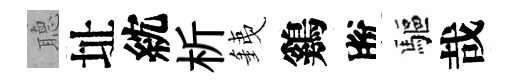
𦗟址紞析銕鷄脫驅哉